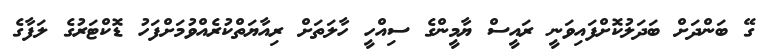
ގޭ ބަންދަށް ބަދަލުކޮށްފައިވަނީ ރައީސް ޔާމީންގެ ސިއްހީ ހާލަތަށް ރިއާޔަތްކުރެއްވުމަށްފަހު ޑޮކްޓަރުގެ ލަފާގެ